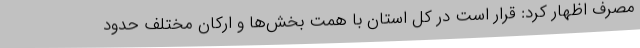
مصرف اظهار کرد: قرار است در کل استان با همت بخش‌ها و ارکان مختلف حدود